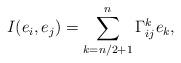
LaTeX: \begin{align*}I(e_i,e_j)=\sum_{k=n/2+1}^{n} \Gamma_{ij}^ke_k, \end{align*}